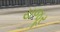
યજૂર